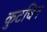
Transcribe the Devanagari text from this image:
कुटचिन